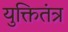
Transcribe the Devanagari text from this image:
युक्तितंत्र